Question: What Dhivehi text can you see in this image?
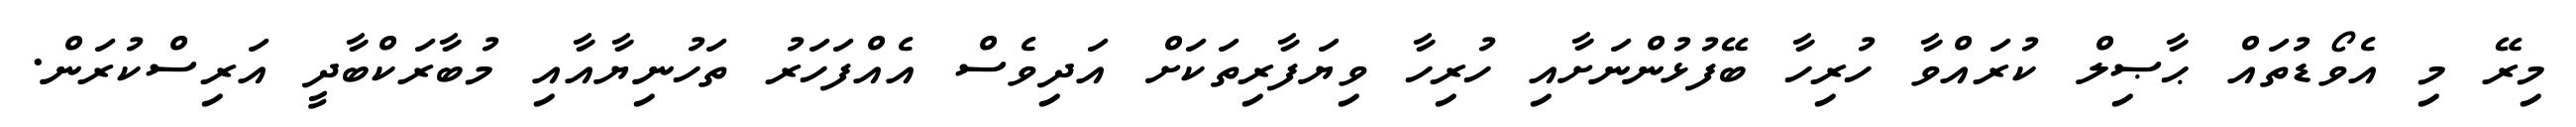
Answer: މިރޭ މި އެވޯޑުތައް ޙާޞިލް ކުރައްވާ ހުރިހާ ބޭފުޅުންނަށާއި ހުރިހާ ވިޔަފާރިތަކަށް އަދިވެސް އެއްފަހަރު ތަހުނިޔާއާއި މުބާރަކްބާދީ އަރިސްކުރަން.